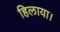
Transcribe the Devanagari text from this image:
हिलाया।